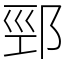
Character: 䣆